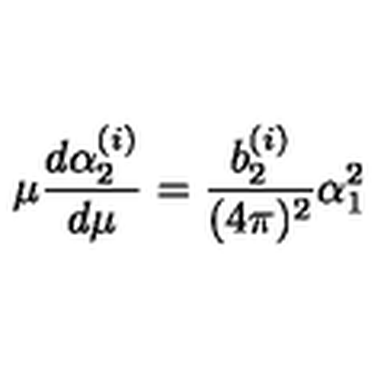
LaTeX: \mu { \frac { d \alpha _ { 2 } ^ { ( i ) } } { d \mu } } = { \frac { b _ { 2 } ^ { ( i ) } } { ( 4 \pi ) ^ { 2 } } } \alpha _ { 1 } ^ { 2 }